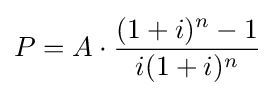
P=A\cdot {\frac {(1+i)^{n}-1}{i(1+i)^{n}}}